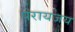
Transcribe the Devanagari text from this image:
परायजय